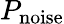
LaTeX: P_{\mathrm{noise}}